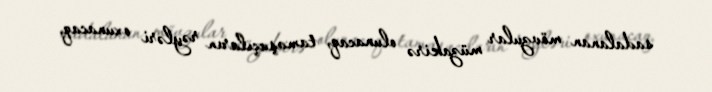
sadalanan mövzular müzakirə olunacaq, tamaşaçıların rəyləri oxunacaq.